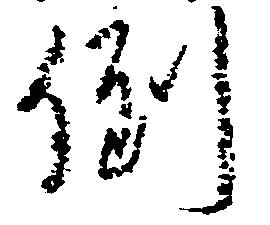
倒